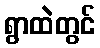
ရွာထဲတွင်